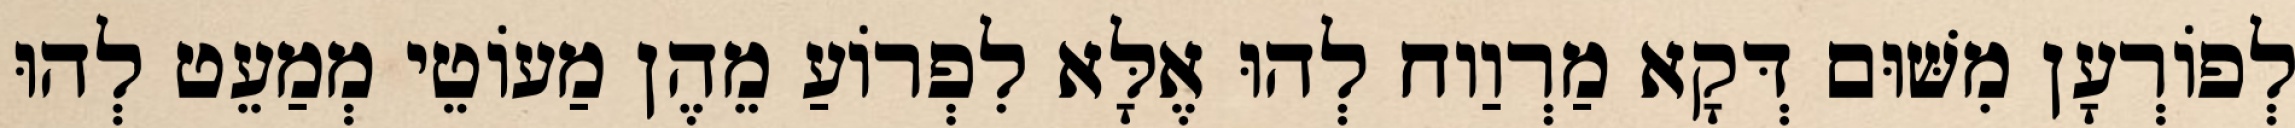
לְפוֹרְעָן מִשּׁוּם דְּקָא מַרְוַוח לְהוּ אֶלָּא לִפְרוֹעַ מֵהֶן מַעוֹטֵי מְמַעֵט לְהוּ